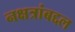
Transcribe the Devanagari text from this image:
नक्षत्रांबद्दल